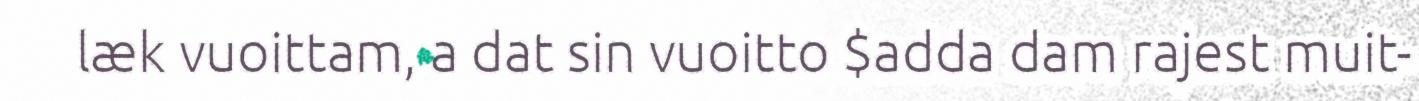
læk vuoittam, a dat sin vuoitto $adda dam rajest muit-